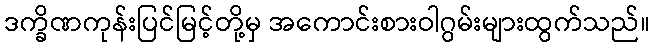
ဒက္ခိဏကုန်းပြင်မြင့်တို့မှ အကောင်းစားဝါဂွမ်းများထွက်သည်။